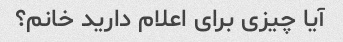
آیا چیزی برای اعلام دارید خانم؟